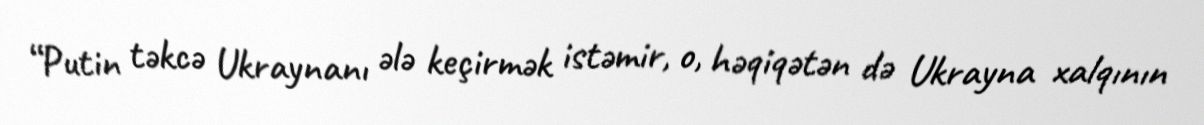
“Putin təkcə Ukraynanı ələ keçirmək istəmir, o, həqiqətən də Ukrayna xalqının